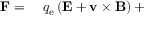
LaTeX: \begin{array} { r l } { \mathbf { F } = { } } & { { } q _ { \mathrm { e } } \left( \mathbf { E } + \mathbf { v } \times \mathbf { B } \right) + } \end{array}